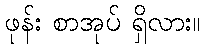
ဖုန်း စာအုပ် ရှိလား။